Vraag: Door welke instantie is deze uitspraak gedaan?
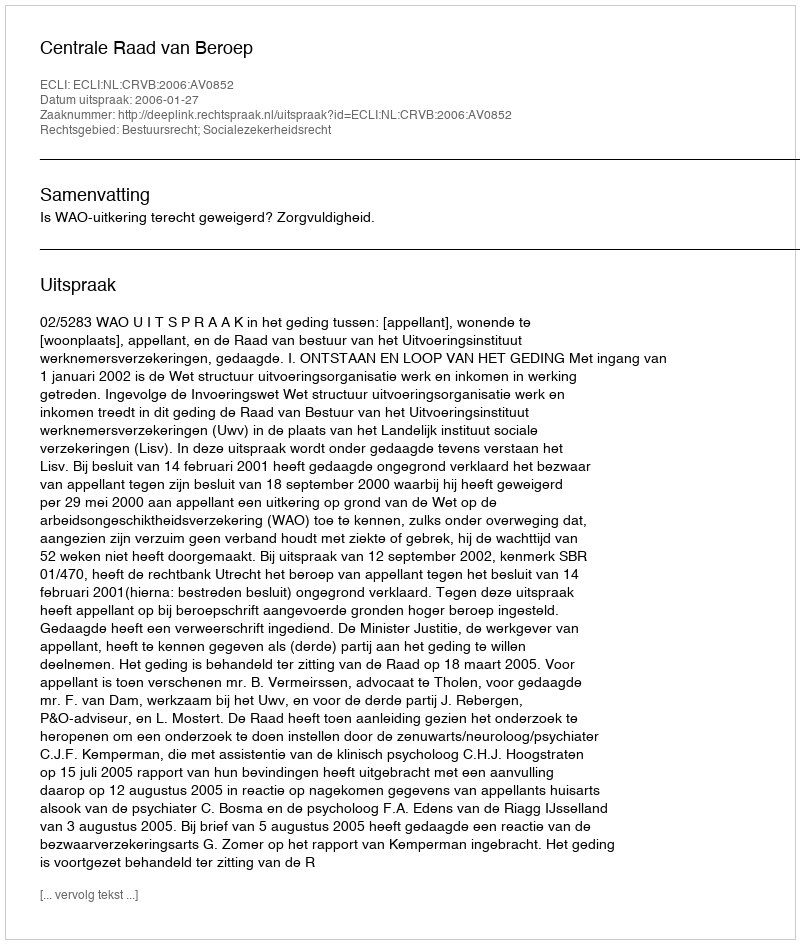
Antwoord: Centrale Raad van Beroep